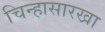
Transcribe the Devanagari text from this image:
चिन्हासारखा